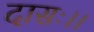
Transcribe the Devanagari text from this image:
दासः।।